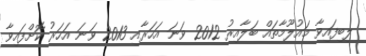
ލިބިފައިވާ މައުލޫމާތައް ބަލާއިރު 2012 ވަނަ އަހަރާއި 2013 ވަނަ އަހަރު ކޮށްފައިވާ